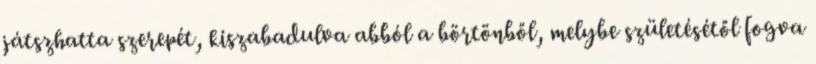
játszhatta szerepét, kiszabadulva abból a börtönből, melybe születésétől fogva